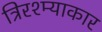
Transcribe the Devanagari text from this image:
त्रिरश्म्याकार